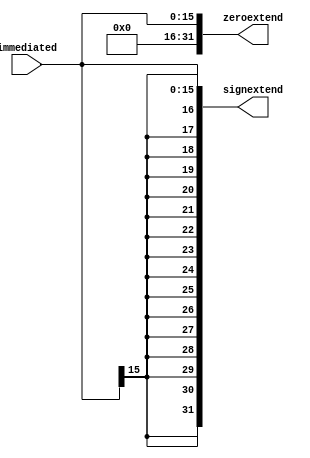
//zero ve sign extend modulu
module sign_zero_extend(signextend,zeroextend,immediated);

input [15:0] immediated;
output [31:0] signextend,zeroextend;

buf sign0(signextend[0],immediated[0]);
buf sign1(signextend[1],immediated[1]);
buf sign2(signextend[2],immediated[2]);
buf sign3(signextend[3],immediated[3]);
buf sign4(signextend[4],immediated[4]);
buf sign5(signextend[5],immediated[5]);
buf sign6(signextend[6],immediated[6]);
buf sign7(signextend[7],immediated[7]);
buf sign8(signextend[8],immediated[8]);
buf sign9(signextend[9],immediated[9]);
buf sign10(signextend[10],immediated[10]);
buf sign11(signextend[11],immediated[11]);
buf sign12(signextend[12],immediated[12]);
buf sign13(signextend[13],immediated[13]);
buf sign14(signextend[14],immediated[14]);
buf sign15(signextend[15],immediated[15]);
buf sign16(signextend[16],immediated[15]);
buf sign17(signextend[17],immediated[15]);
buf sign18(signextend[18],immediated[15]);
buf sign19(signextend[19],immediated[15]);
buf sign20(signextend[20],immediated[15]);
buf sign21(signextend[21],immediated[15]);
buf sign22(signextend[22],immediated[15]);
buf sign23(signextend[23],immediated[15]);
buf sign24(signextend[24],immediated[15]);
buf sign25(signextend[25],immediated[15]);
buf sign26(signextend[26],immediated[15]);
buf sign27(signextend[27],immediated[15]);
buf sign28(signextend[28],immediated[15]);
buf sign29(signextend[29],immediated[15]);
buf sign30(signextend[30],immediated[15]);
buf sign31(signextend[31],immediated[15]);

buf zero0(zeroextend[0],immediated[0]);
buf zero1(zeroextend[1],immediated[1]);
buf zero2(zeroextend[2],immediated[2]);
buf zero3(zeroextend[3],immediated[3]);
buf zero4(zeroextend[4],immediated[4]);
buf zero5(zeroextend[5],immediated[5]);
buf zero6(zeroextend[6],immediated[6]);
buf zero7(zeroextend[7],immediated[7]);
buf zero8(zeroextend[8],immediated[8]);
buf zero9(zeroextend[9],immediated[9]);
buf zero10(zeroextend[10],immediated[10]);
buf zero11(zeroextend[11],immediated[11]);
buf zero12(zeroextend[12],immediated[12]);
buf zero13(zeroextend[13],immediated[13]);
buf zero14(zeroextend[14],immediated[14]);
buf zero15(zeroextend[15],immediated[15]);
buf zero16(zeroextend[16],1'b0);
buf zero17(zeroextend[17],1'b0);
buf zero18(zeroextend[18],1'b0);
buf zero19(zeroextend[19],1'b0);
buf zero20(zeroextend[20],1'b0);
buf zero21(zeroextend[21],1'b0);
buf zero22(zeroextend[22],1'b0);
buf zero23(zeroextend[23],1'b0);
buf zero24(zeroextend[24],1'b0);
buf zero25(zeroextend[25],1'b0);
buf zero26(zeroextend[26],1'b0);
buf zero27(zeroextend[27],1'b0);
buf zero28(zeroextend[28],1'b0);
buf zero29(zeroextend[29],1'b0);
buf zero30(zeroextend[30],1'b0);
buf zero31(zeroextend[31],1'b0);

endmodule